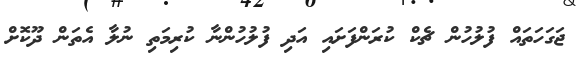
ޖަގަހަތައް ފުލުހުން ޗެކް ކުރަންފަށައި އަދި ފުލުހުންނާ ކުރިމަތި ނުލާ އެތަން ދޫކޮށް